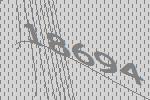
18694